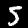
Label: 5